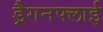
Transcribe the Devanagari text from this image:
ड्रैगनफ्लाई